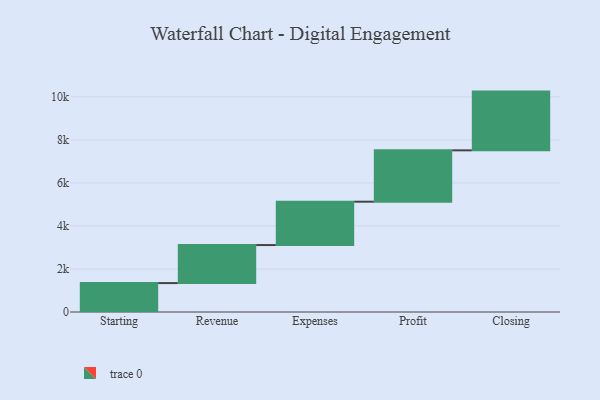
{"axis": {"x": "Step", "y": "Value"}, "legend": [""], "data": [{"x": "Starting", "y": 1344.0, "type": ""}, {"x": "Revenue", "y": 1768.0, "type": ""}, {"x": "Expenses", "y": 2015.0, "type": ""}, {"x": "Profit", "y": 2388.0, "type": ""}, {"x": "Closing", "y": 2730.0, "type": ""}]}